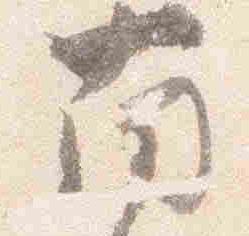
南